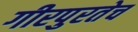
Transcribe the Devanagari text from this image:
गीरपुरतेच